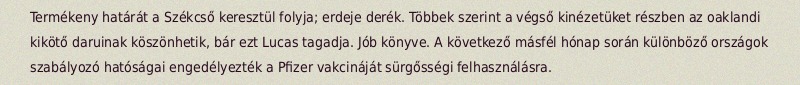
Termékeny határát a Székcső keresztül folyja; erdeje derék. Többek szerint a végső kinézetüket részben az oaklandi kikötő daruinak köszönhetik, bár ezt Lucas tagadja. Jób könyve. A következő másfél hónap során különböző országok szabályozó hatóságai engedélyezték a Pfizer vakcináját sürgősségi felhasználásra.